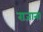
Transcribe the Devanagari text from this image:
राजाना